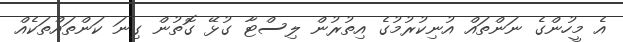
އެ މީހުންގެ ނަންތައް އުނިކުރުމުގެ އިތުރުން ލިސްޓާ ގުޅޭ ގޮތުން ގިނަ ކަންތައްތަކެއް